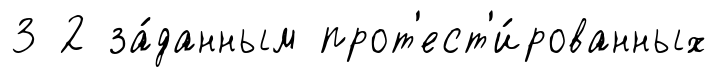
3 2 за́данным прот'ест'и́рованных